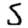
Digit: 5